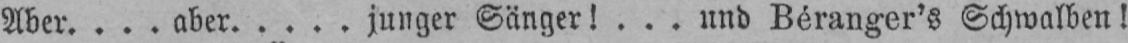
Aber.... aber.... junger Sänger!.. und Béranger’s Schwalben!